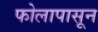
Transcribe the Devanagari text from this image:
फोलापासून